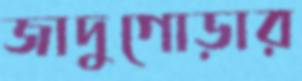
জাদুগোড়ার